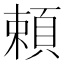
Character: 頼